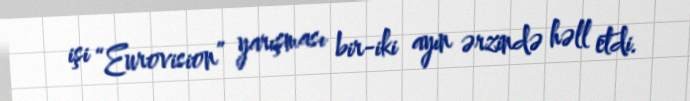
işi “Eurovision” yarışması bir-iki ayın ərzində həll etdi.